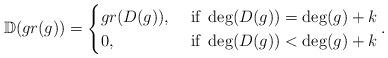
LaTeX: \begin{align*}\mathbb{D}(gr(g))=\begin{cases} gr(D(g)), & \mbox{ if } \deg(D(g))=\deg(g)+k\\ 0, &\mbox{ if } \deg(D(g))<\deg(g)+k \end{cases}.\end{align*}